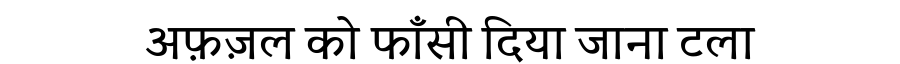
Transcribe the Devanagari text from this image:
अफ़ज़ल को फाँसी दिया जाना टला